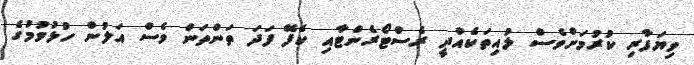
ވިޔަފާރި ކުރުމަށްވެސް ލުއިތަކެއްދީ ރެސްޓޯރެންޓާއި ކެފޭ ފަދަ ތަންތަން ވެސް އަލުން ހުޅުވުމުގެ